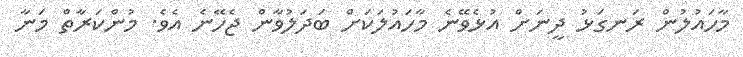
މާހައުލުން ރަނގަޅު ދީނަށް އުޅެވޭނެ މާހައުލަކަށް ބަދަލުވާން ޖެހޭނެ އެވެ. މުންކަރާތް މަނާ